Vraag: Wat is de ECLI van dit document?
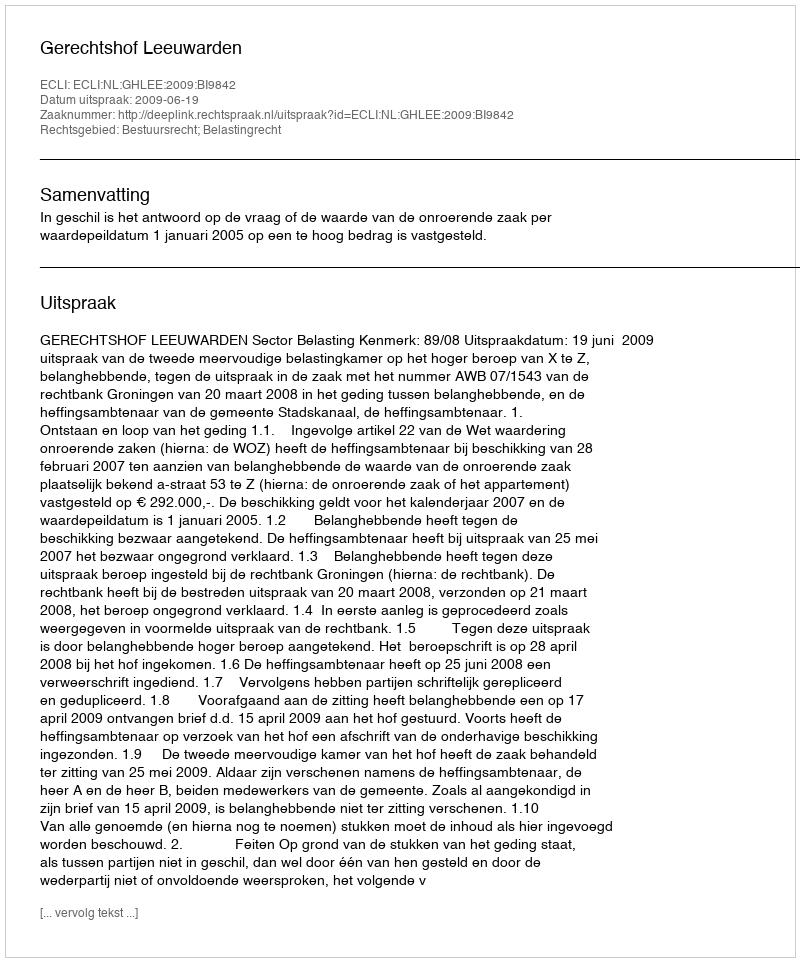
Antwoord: ECLI:NL:GHLEE:2009:BI9842